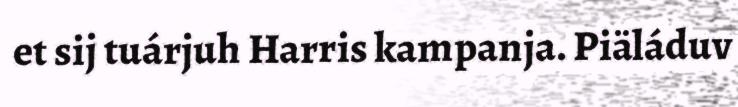
et sij tuárjuh Harris kampanja. Piäláduv